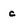
Character: c